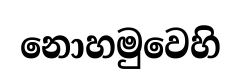
නොහමුවෙහි